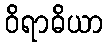
ဝိရာဓိယာ